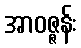
အာဝဇ္ဇန်း